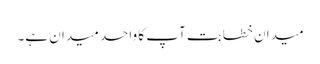
میدان خطابت آپ کا واحد میدان ہے۔